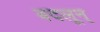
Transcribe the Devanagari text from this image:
बदलून्